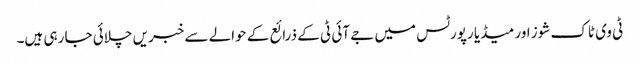
ٹی وی ٹاک شوز اور میڈیا رپورٹس میں جے آئی ٹی کے ذرائع کے حوالے سے خبریں چلائی جا رہی ہیں۔